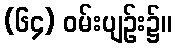
(၆၄) ဝမ်းပျဉ်း၌။